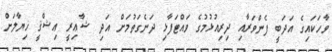
ވާހަކައިގެ އަދަބީ ފެންވަރާއި ދިރިއުޅުމުގެ ވައްޓަފާޅި ދަނެގަތުމަށް އަދި ޝާޢިރީ ޢިޝްޤީ ޚިޔާލަށް